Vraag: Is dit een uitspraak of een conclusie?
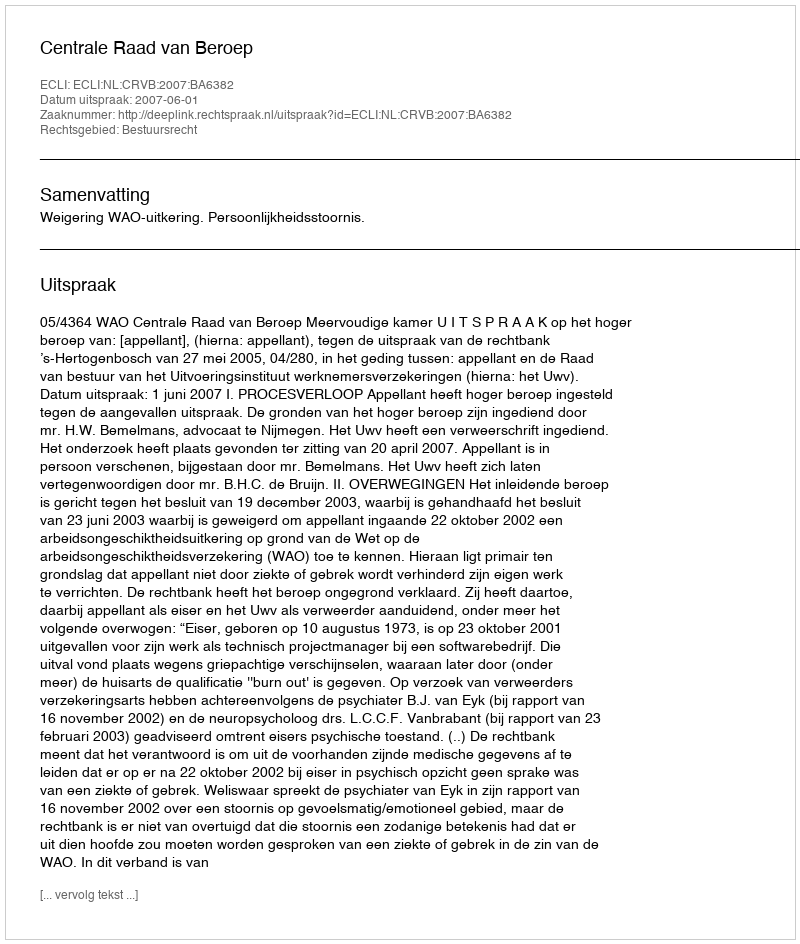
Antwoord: Uitspraak